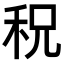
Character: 𥞏